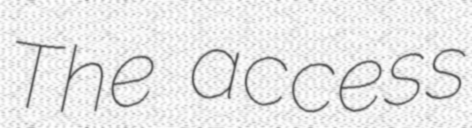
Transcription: The access